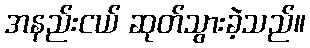
အနည်းငယ် ဆုတ်သွားခဲ့သည်။